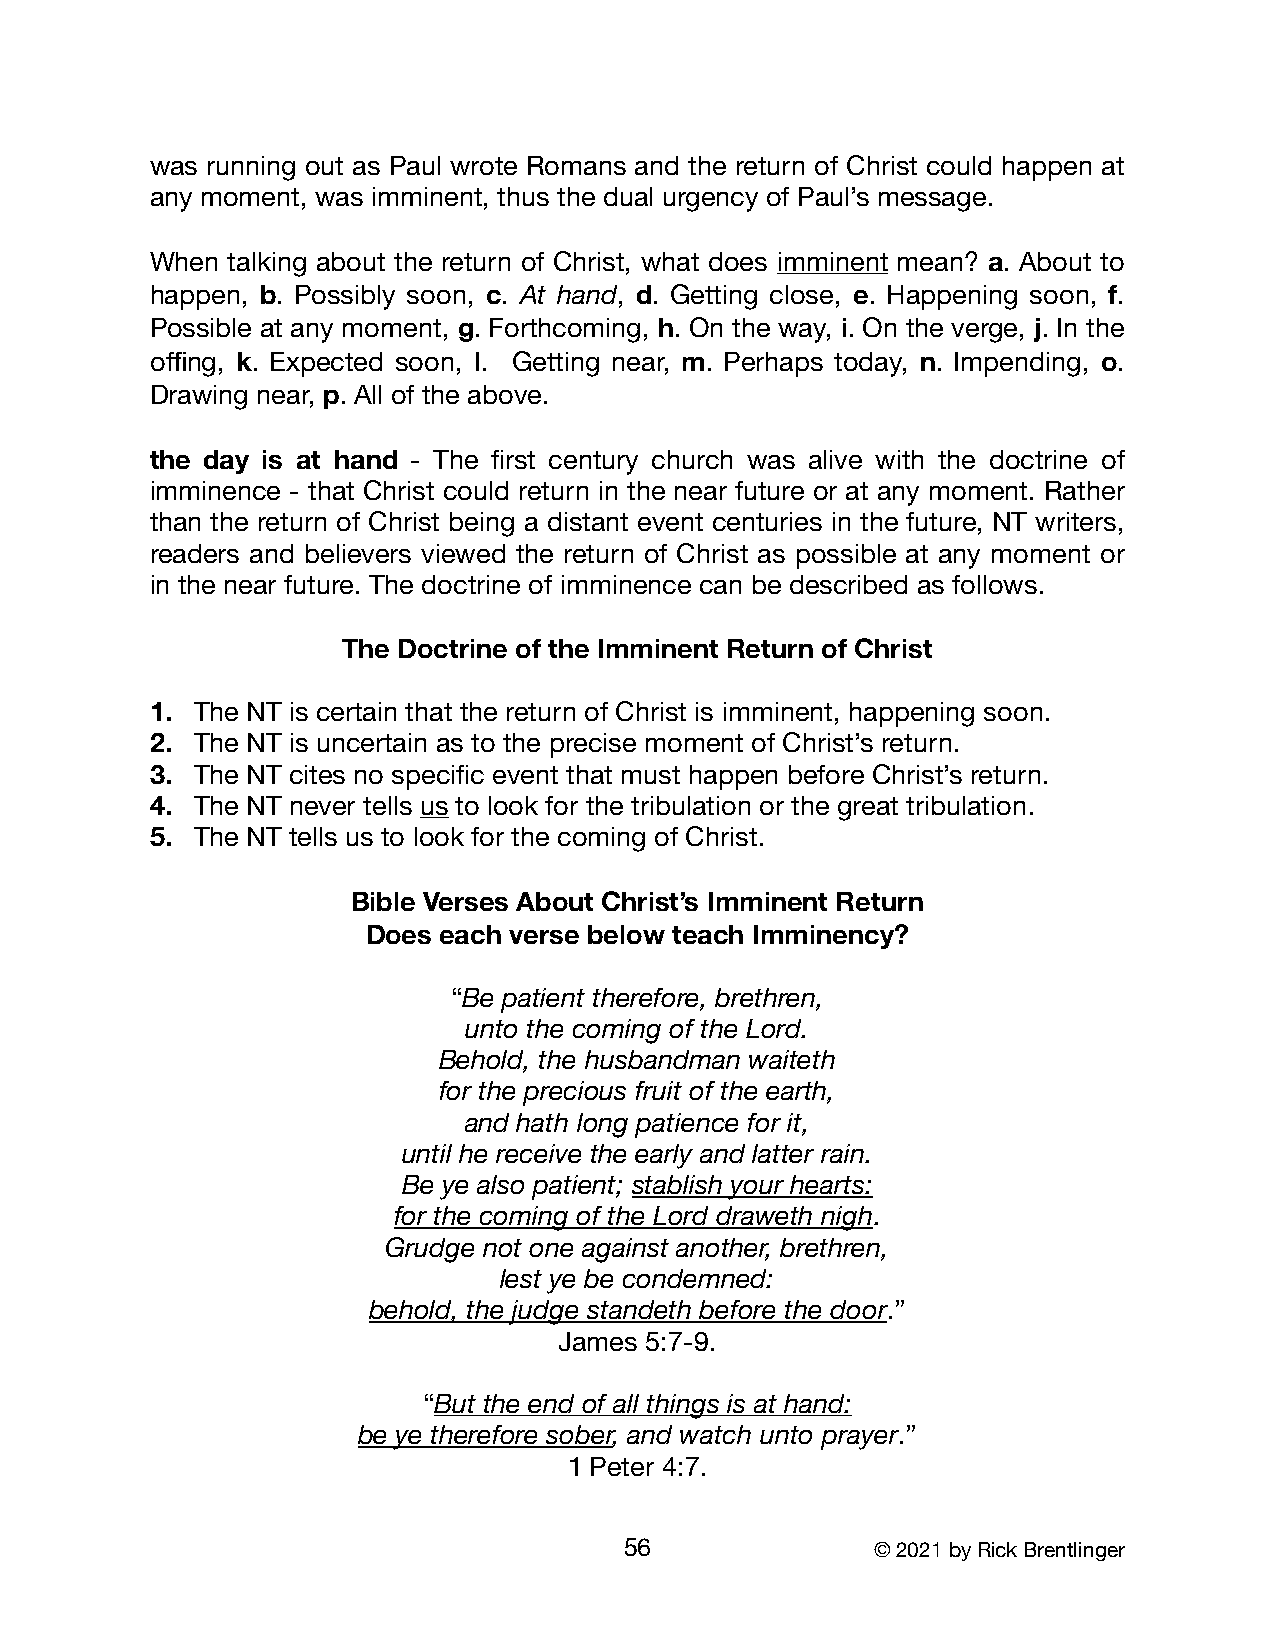
was running out as Paul wrote Romans and the return of Christ could happen at
 any moment, was imminent, thus the dual urgency of Paul’s message.
 When talking about the return of Christ, what does imminent mean? a. About to
 happen, b. Possibly soon, c. At hand, d. Getting close, e. Happening soon, f.
 Possible at any moment, g. Forthcoming, h. On the way, i. On the verge, j. In the
 offing, k. Expected soon, l. Getting near, m. Perhaps today, n. Impending, o.
 Drawing near, p. All of the above.
 the day is at hand - The first century church was alive with the doctrine of
 imminence - that Christ could return in the near future or at any moment. Rather
 than the return of Christ being a distant event centuries in the future, NT writers,
 readers and believers viewed the return of Christ as possible at any moment or
 in the near future. The doctrine of imminence can be described as follows.
 The Doctrine of the Imminent Return of Christ
 1. The NT is certain that the return of Christ is imminent, happening soon.
 2. The NT is uncertain as to the precise moment of Christ’s return.
 3. The NT cites no specific event that must happen before Christ’s return.
 4. The NT never tells us to look for the tribulation or the great tribulation.
 5. The NT tells us to look for the coming of Christ.
 Bible Verses About Christ’s Imminent Return
 Does each verse below teach Imminency?
 “Be patient therefore, brethren,
 unto the coming of the Lord.
 Behold, the husbandman waiteth
 for the precious fruit of the earth,
 and hath long patience for it,
 until he receive the early and latter rain.
 Be ye also patient; stablish your hearts:
 for the coming of the Lord draweth nigh.
 Grudge not one against another, brethren,
 lest ye be condemned:
 behold, the judge standeth before the door.”
 James 5:7-9.
 “But the end of all things is at hand:
 be ye therefore sober, and watch unto prayer.”
 1 Peter 4:7.
 56               © 2021 by Rick Brentlinger